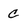
Character: C